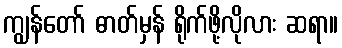
ကျွန်တော် ဓာတ်မှန် ရိုက်ဖို့လိုလား ဆရာ။